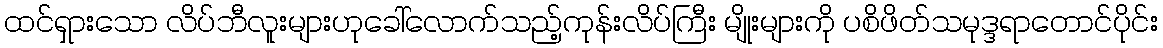
ထင်ရှားသော လိပ်ဘီလူးများဟုခေါ်လောက်သည့်ကုန်းလိပ်ကြီး မျိုးများကို ပစိဖိတ်သမုဒ္ဒရာတောင်ပိုင်း